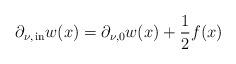
LaTeX: \begin{align*}\partial_{\nu, \,{\rm in}} w(x) = \partial_{\nu, 0} w(x) +\frac{1}{2} f(x)\end{align*}